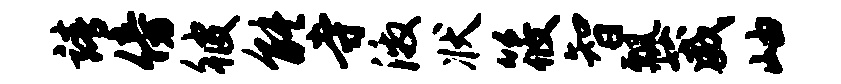
靖傍彼能寺激状筱智瓢葳岫